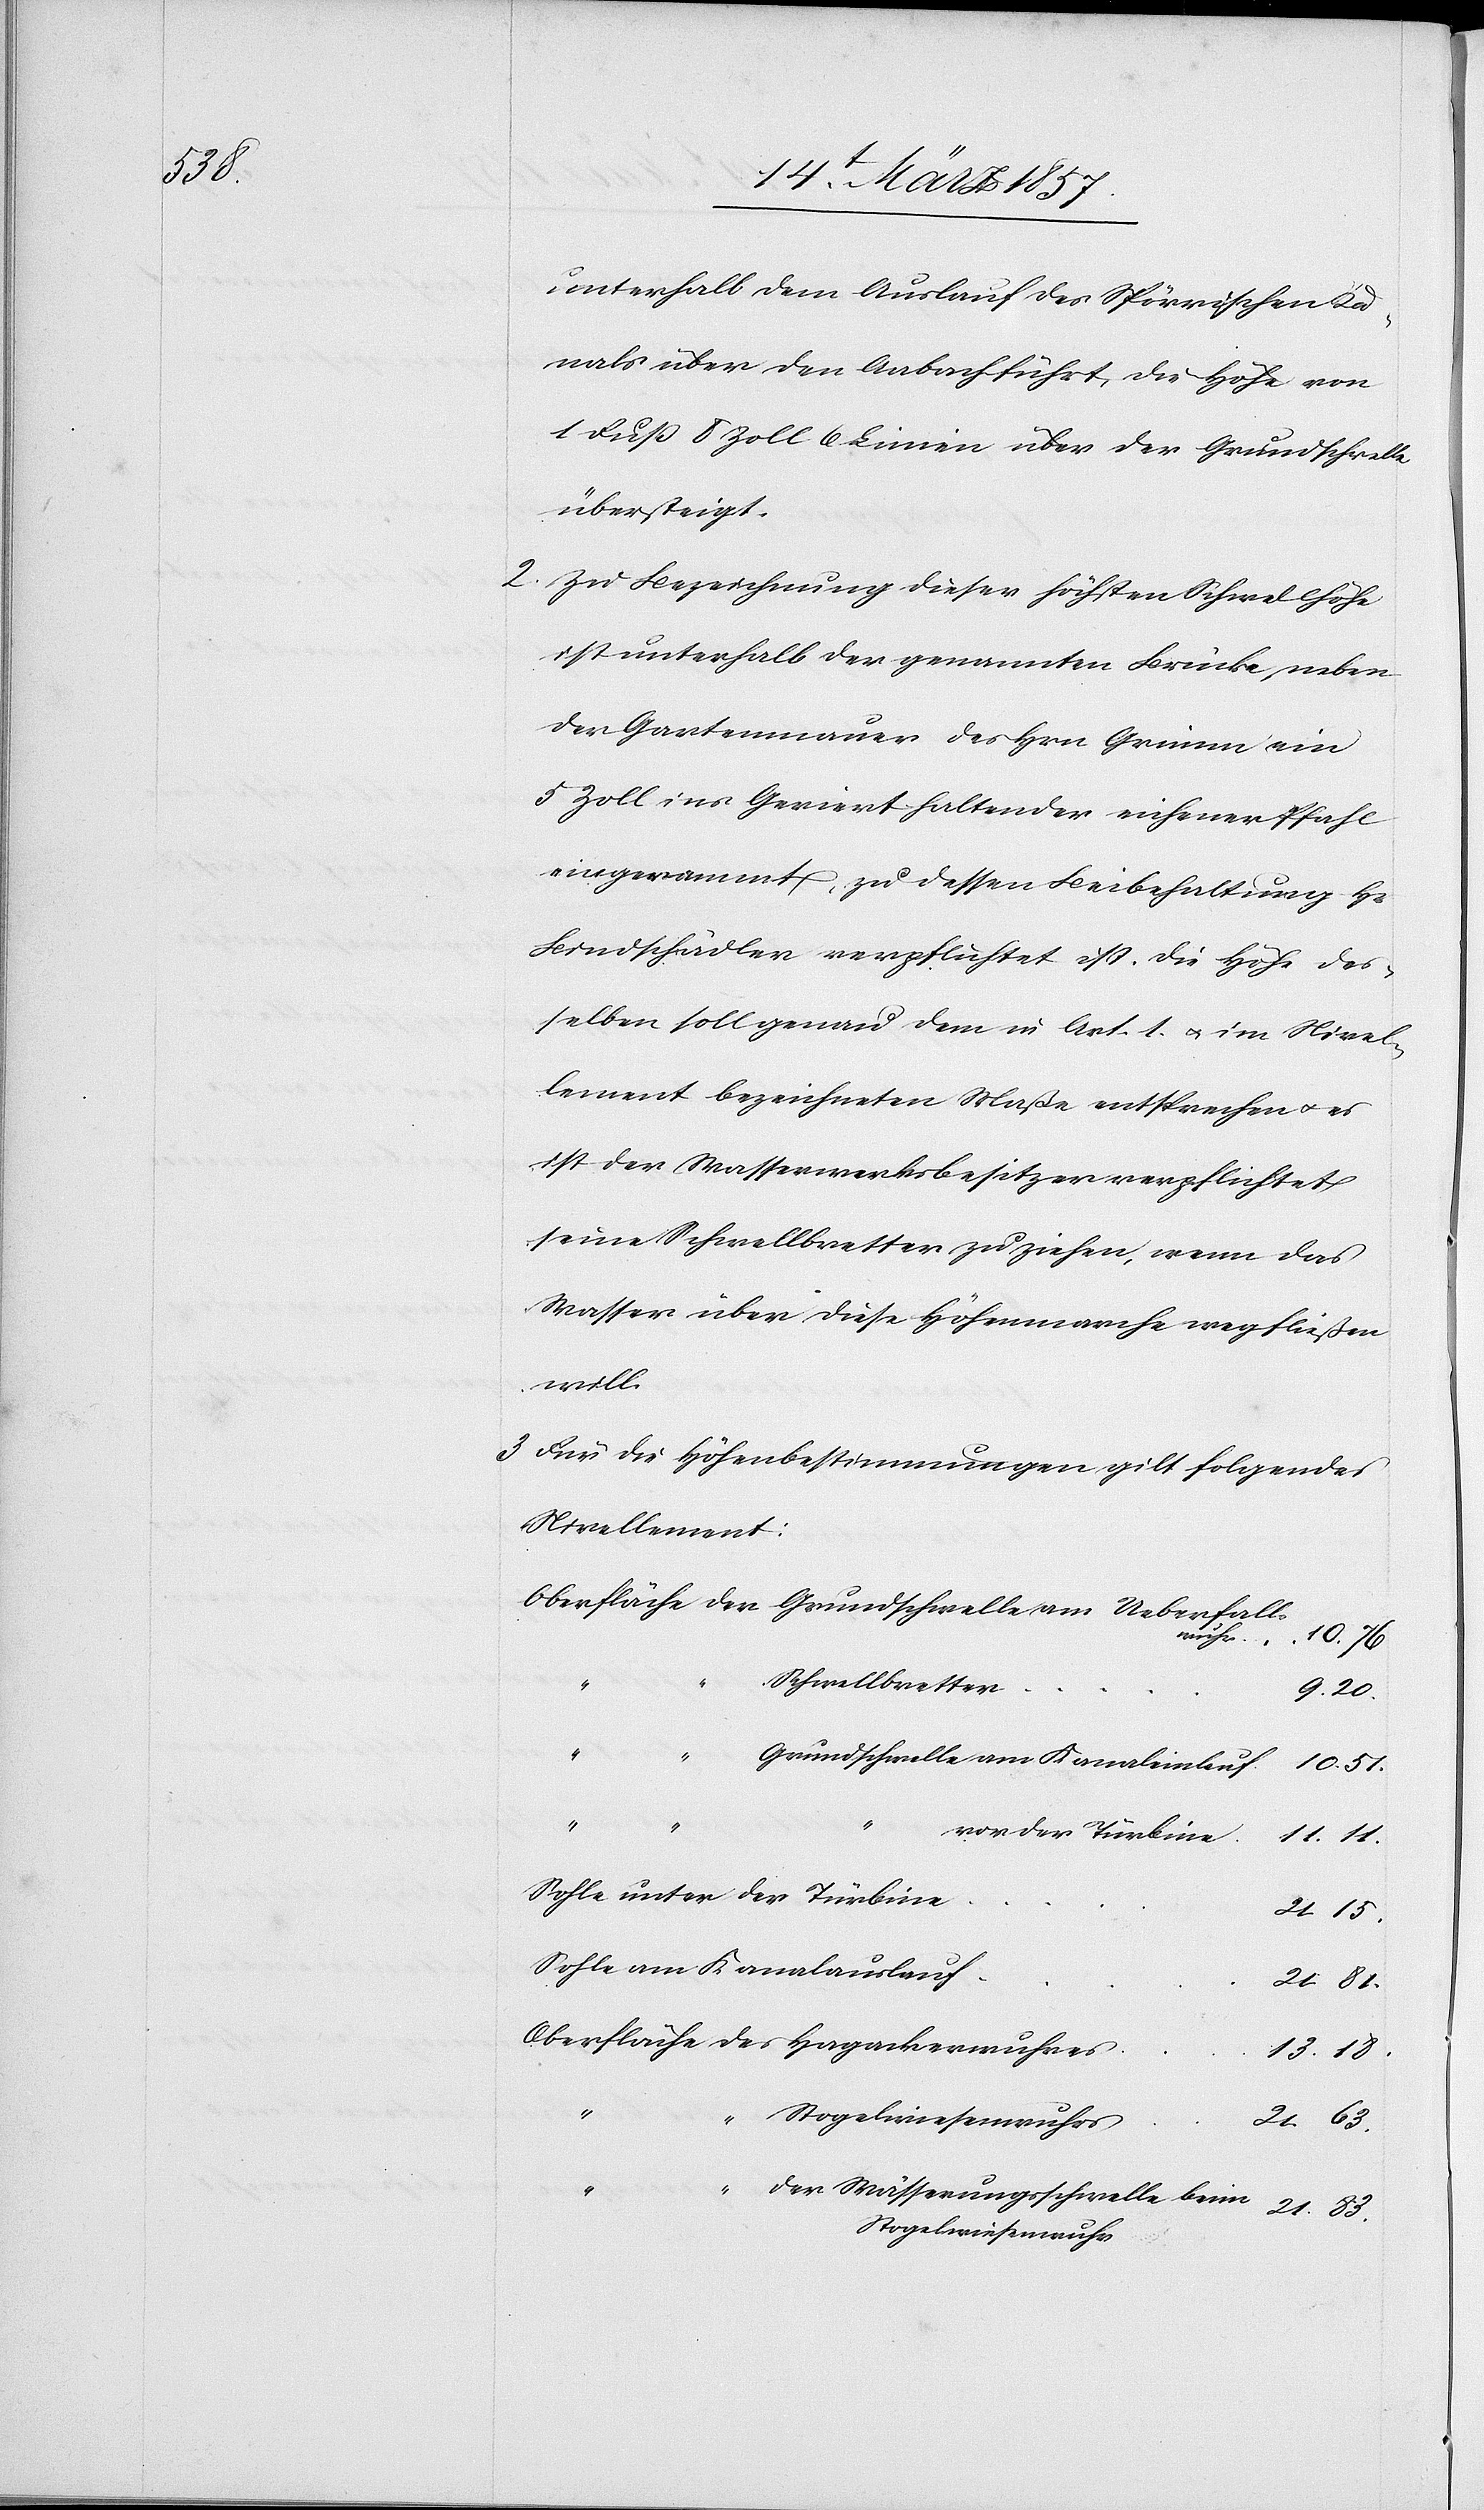
51.

unterhalb dem Auslauf des Spörrischen Ka¬
nals über den Aabach führt, die Höhe von
1 Fuß 8 Zoll 6 Linien über der Grundschwelle
übersteigt.
2. Zu Bezeichnung dieser höchsten Schwellhöhe
ist unterhalb der genannten Brücke, neben
der Gartenmauer des Hrn Grimm ein
5 Zoll ins Geviert haltender eichener Pfahl
eingerammt, zu dessen Beibehaltung Hr.
Bindschädler verpflichtet ist. Die Höhe des¬
selben soll genau dem in Art. 1. u. im Nivel¬
lement bezeichneten Maße entsprechen u. es
ist der Wasserwerksbesitzer verpflichtet
seine Schwellbretter zu ziehen, wenn das
Wasser über diese Höhenmarche wegfließen
will.
3. Für die Höhenbestimmungen gilt folgendes
Nivellement:
Oberfläche der Grundschwelle am Ueberfalls¬
wuhr
10.
Schwellbretter
“
21.
“
Grundschwelle am Kanaleinlauf
10.
vor der Türbine
Sohle unter der Türbine
Sohle am Kanalauslauf
21.
Oberfläche des Hagackerwuhres
13.
18.
Stogelwiesenwuhrs
“ der Wässerungsschwelle beim S¬
togelwiesenwuhr